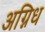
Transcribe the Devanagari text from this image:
अग्निध